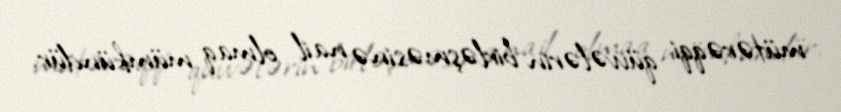
mütərəqqi qüvvələrin birləşməsinə nail olmaq mümkündür.